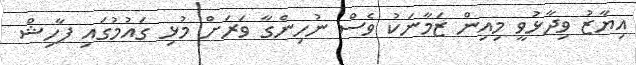
އިޔާޒު ވިދާޅުވީ މިއިން ޒަމާނަކު ވެސް ނުހިންގާ ވަރަށް މުޅި ގައުމުގައި ފާހިޝް